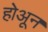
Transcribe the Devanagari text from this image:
होअून